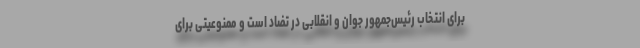
برای انتخاب رئیس‌جمهور جوان و انقلابی در تضاد است و ممنوعیتی برای